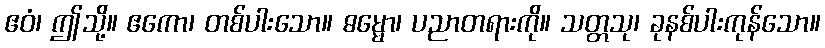
ဧဝံ၊ ဤသို့။ ဧကော၊ တစ်ပါးသော။ ဓမ္မော၊ ပညာတရားကို။ သတ္တသု၊ ခုနစ်ပါးကုန်သော။